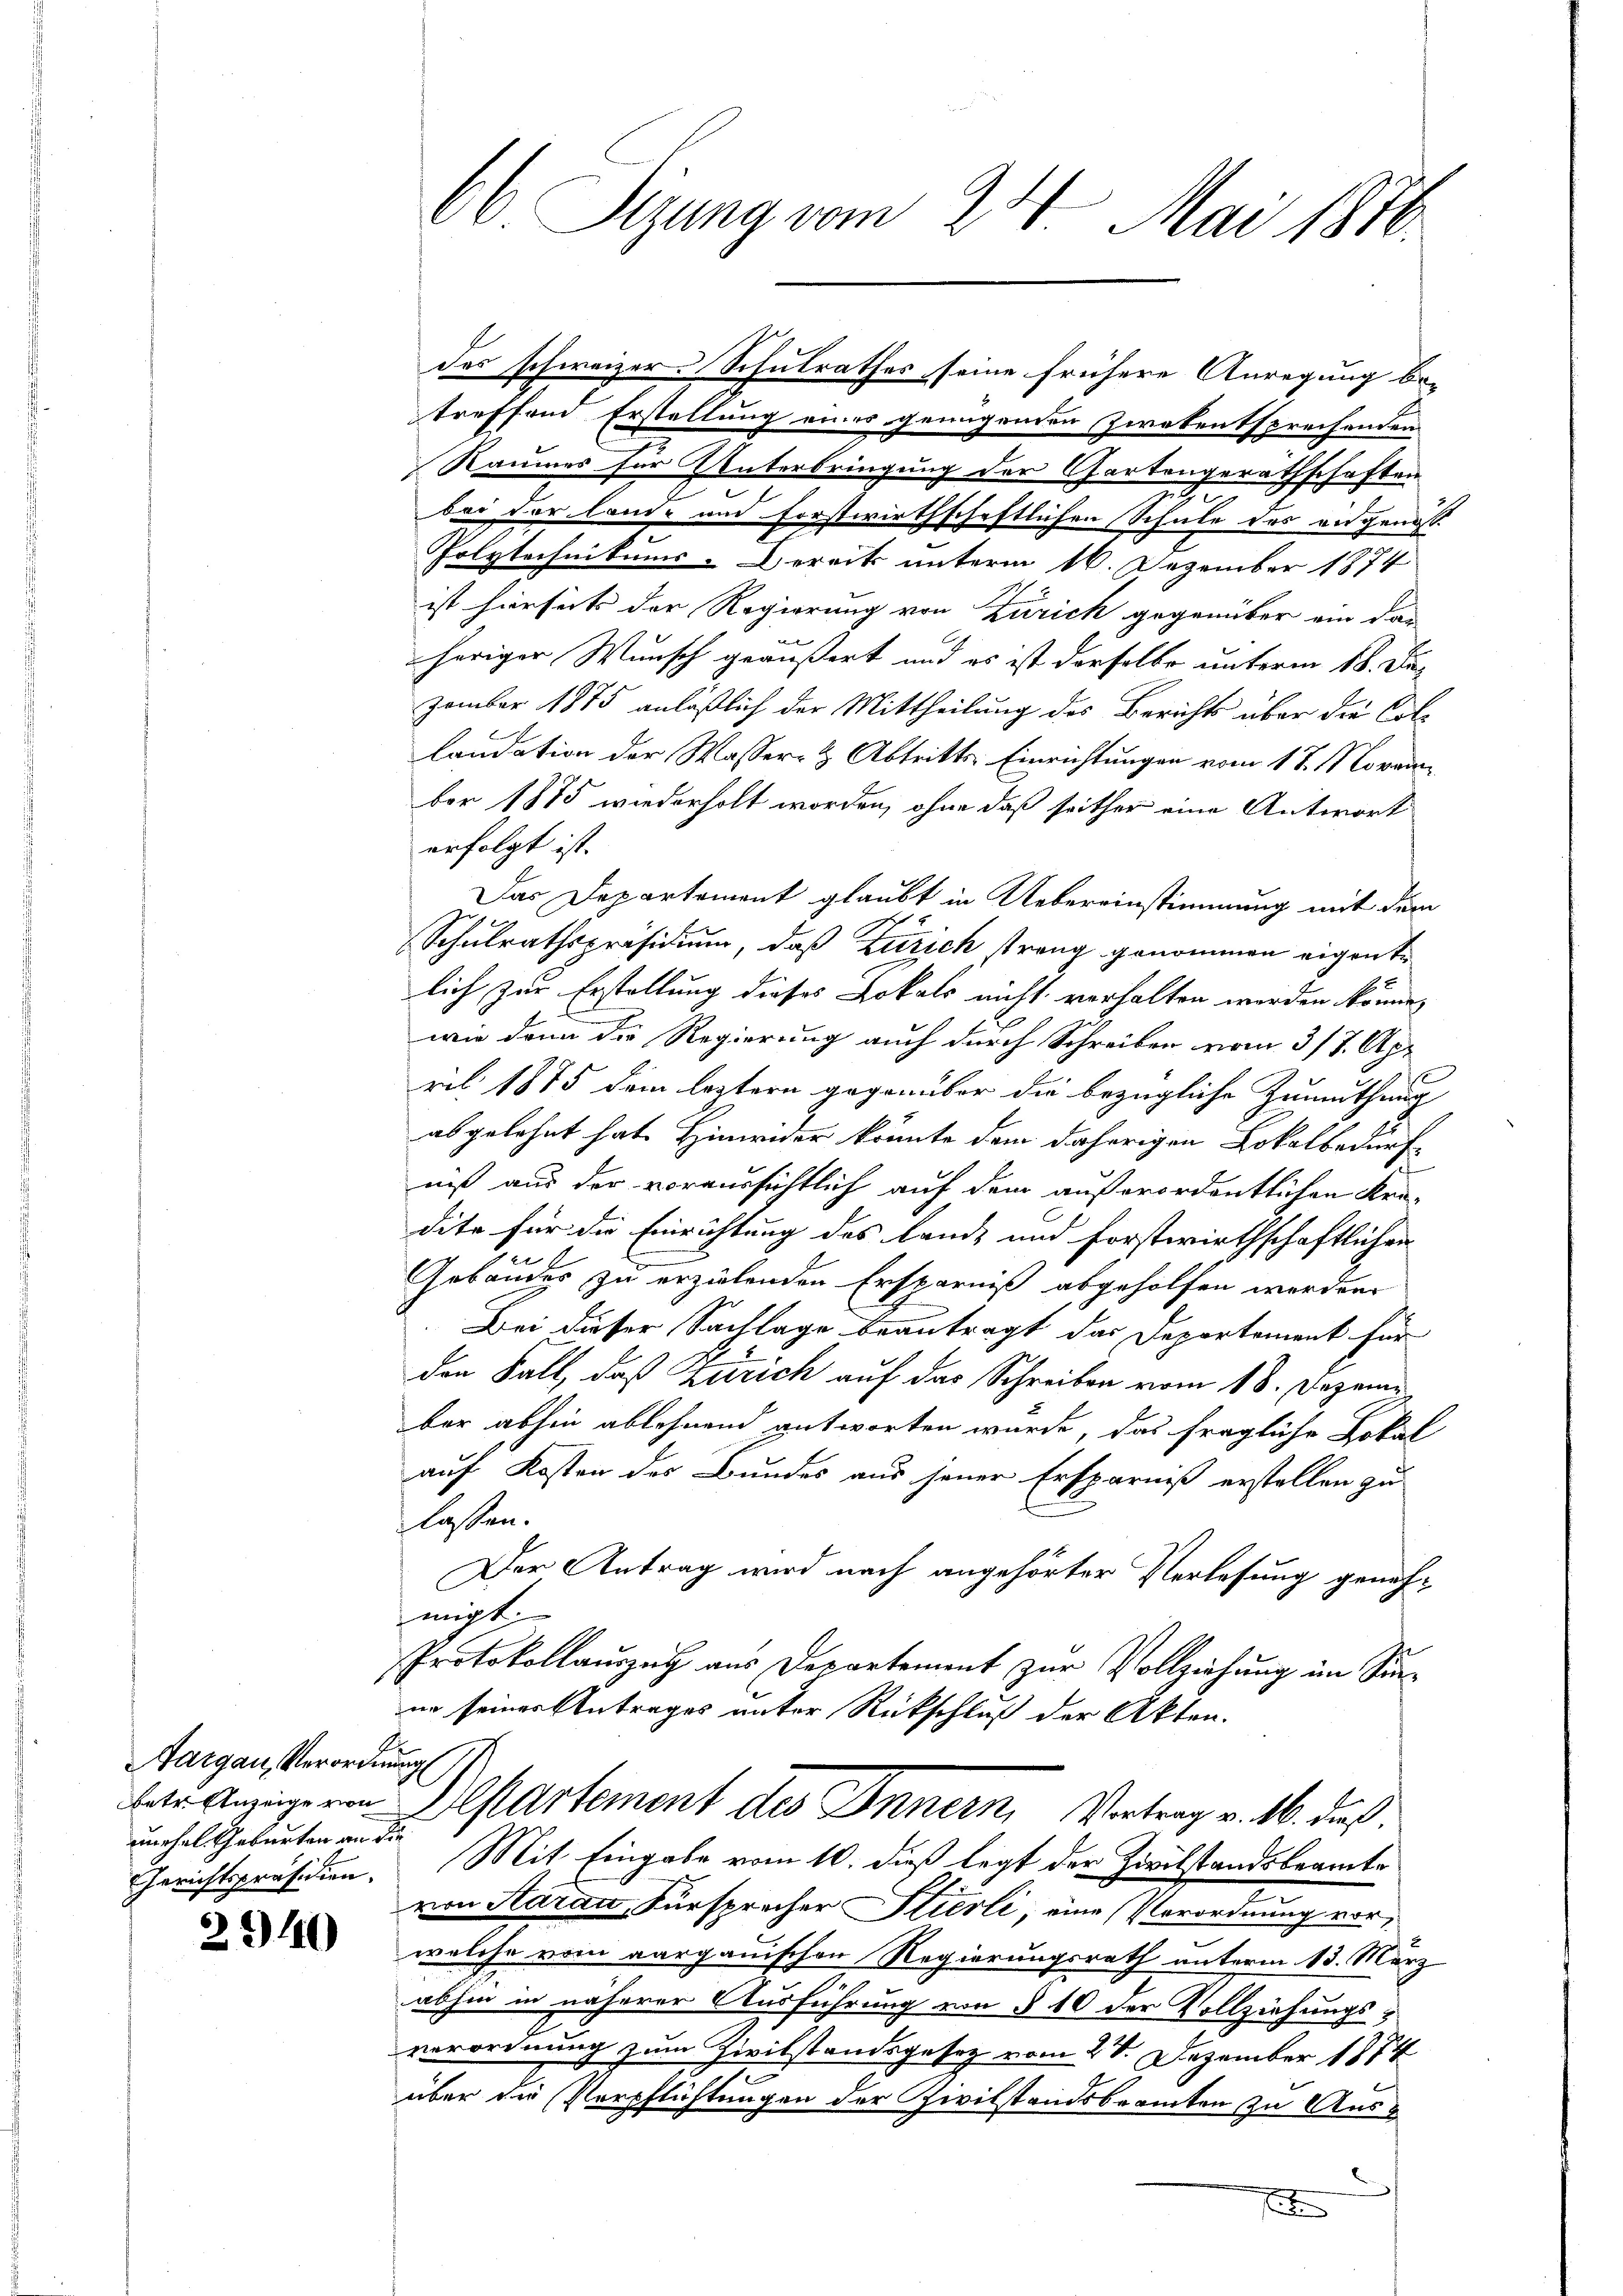
Aargau, Verordn
betr. Einzeige von
unchel Geburten an die
Gerichtspräsidien.

23140

66 Sizung vom 24. Mai 1810.

treffend Erstellung einer genügenden Zwekentsprechenden
Raumes für Unterbringung der Gartengerathschaften
.
bei der land- und forstwirthschaftlichen Schule des angenosse
Polytechnikums-Bereits unterm 16. Dezember 1874
ist hierseits der Regierung von Zürich gegenüber ein das
t
heriger Wunsch geäußert und es ist derselbe unterm 18. Der
zember 1875 anläßlich der Mittheilung des Berichts über die Collaudation der Wasser- & Abtritts-Einrichtungen vom 17. Novada
ber 1875 wiederholt worden, ohne daß seither eine Antwort
erfolgt ist.
Das Departement glaubt in Uebereinstimmung mit dem
Schulrathspräsidium, daß Zürich strang genommen eigente
lich zur Erstellung dieses Lokals nicht verhalten werden könne,
wie dann die Regierung auch durch Schreiben vom 3/7. Apr
ril 1875 dem leztern gegenüber die bezügliche Zumuthung
abgelehnt hat. Hinwider könnte dem daherigen Lokalbedürf
i
niß aus der voraussichtlich auf dem außerordentlichen Kredite für die Einrichtung des Lande und forstwirthschaftlichen
Gebäudes zu erzielenden Ersparniß abgeholfen werden.
Bei dieser Sachlage beantragt das Departement für
den Fall, daß Zürich auf das Schreiben vom 18. Dezem
bar abhin ablehnend antworten wurde, das fragliche Lokal
auf Kosten des Bundes aus jener Ersparniß erstellen zu
lassen.
Der Antrag wird nach angehörter Verlesung genehmigt
Protokollauszug aus Departement zur Vollziehung im Sin-
in seiner Antrages unter Rückschluß der Akten.
u
Departement des Innern, Vertrag v. 16. daß
.
Mit Eingabe vom 10. dieß legt der Zivilstandsbeamte
von Aarau, Fürsprecher Stierli, eine Vorordnung vor,
welche vom aargauischen Regierungsrath unterm 13. März
7
abhin in näherer Ausführung von § 10 der Vollziehungsverordnung zum Zivilstandsgesetz vom 20. Dezember 1874
über die Verpflichtungen der Zivilstandsbeamten zu Ause

des schweizer. Schulrathes seine frühere Anregung be-